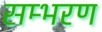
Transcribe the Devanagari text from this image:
सम्भरण